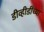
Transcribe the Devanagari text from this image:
डीव्हीडींच्या